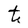
Character: t